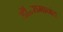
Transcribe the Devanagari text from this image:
डॉ॰रामानंद